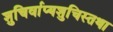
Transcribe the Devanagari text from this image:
शुचिर्वाप्यशुचिस्तथा